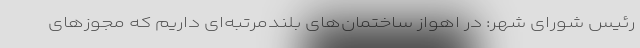
رئیس شورای شهر: در اهواز ساختمان‌های بلندمرتبه‌ای داریم که مجوزهای